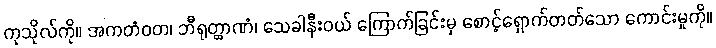
ကုသိုလ်ကို။ အကတံဝတ၊ ဘီရုတ္ထာဏံ၊ သေခါနီးဝယ် ကြောက်ခြင်းမှ စောင့်ရှောက်တတ်သော ကောင်းမှုကို။